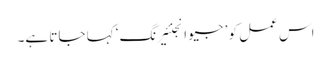
اس عمل کو ’ جیو انجنئیرنگ‘ کہا جاتا ہے۔